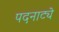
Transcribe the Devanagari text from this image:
पदनाट्ये